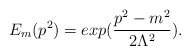
\begin{align*}E_m(p^2)=exp(\frac{p^2-m^2}{2\Lambda^2}).\end{align*}